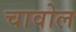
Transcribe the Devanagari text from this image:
चावोल